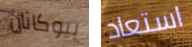
بيوكانان استعاد